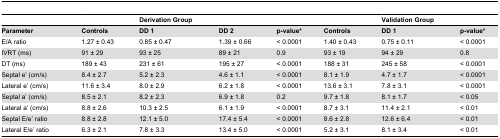
|  |  | Derivation Group |  |  |  | Validation Group |  |
 | --- | --- | --- | --- | --- | --- | --- | --- |
 | Parameter | Controls | DD 1 | DD 2 | p-value* | Controls | DD 1 | p-value* |
 | E/A ratio | 1.27 ± 0.43 | 0.85 ± 0.47 | 1.39 ± 0.66 | < 0.0001 | 1.40 ± 0.43 | 0.75 ± 0.11 | < 0.0001 |
 | IVRT (ms) | 91 ± 29 | 93 ± 25 | 89 ± 21 | 0.9 | 93 ± 19 | 94 ± 29 | 0.8 |
 | DT (ms) | 189 ± 43 | 231 ± 61 | 195 ± 27 | < 0.0001 | 188 ± 31 | 245 ± 58 | < 0.0001 |
 | Septal e’ (cm/s) | 8.4 ± 2.7 | 5.2 ± 2.3 | 4.6 ± 1.1 | < 0.0001 | 8.1 ± 1.9 | 4.7 ± 1.7 | < 0.0001 |
 | Lateral e’ (cm/s) | 11.6 ± 3.4 | 8.0 ± 2.9 | 6.2 ± 1.8 | < 0.0001 | 13.6 ± 3.1 | 7.8 ± 3.1 | < 0.0001 |
 | Septal a’ (cm/s) | 8.5 ± 2.1 | 8.2 ± 2.3 | 6.9 ± 1.8 | 0.2 | 9.7 ± 1.8 | 8.1 ± 1.7 | < 0.05 |
 | Lateral a’ (cm/s) | 8.8 ± 2.6 | 10.3 ± 2.5 | 6.1 ± 1.9 | < 0.0001 | 8.7 ± 3.1 | 11.4 ± 2.1 | < 0.01 |
 | Septal E/e’ ratio | 8.8 ± 2.8 | 12.1 ± 5.0 | 17.4 ± 5.4 | < 0.0001 | 8.6 ± 2.8 | 12.6 ± 6.4 | < 0.01 |
 | Lateral E/e’ ratio | 6.3 ± 2.1 | 7.8 ± 3.3 | 13.4 ± 5.0 | < 0.0001 | 5.2 ± 3.1 | 8.1 ± 3.4 | < 0.01 |